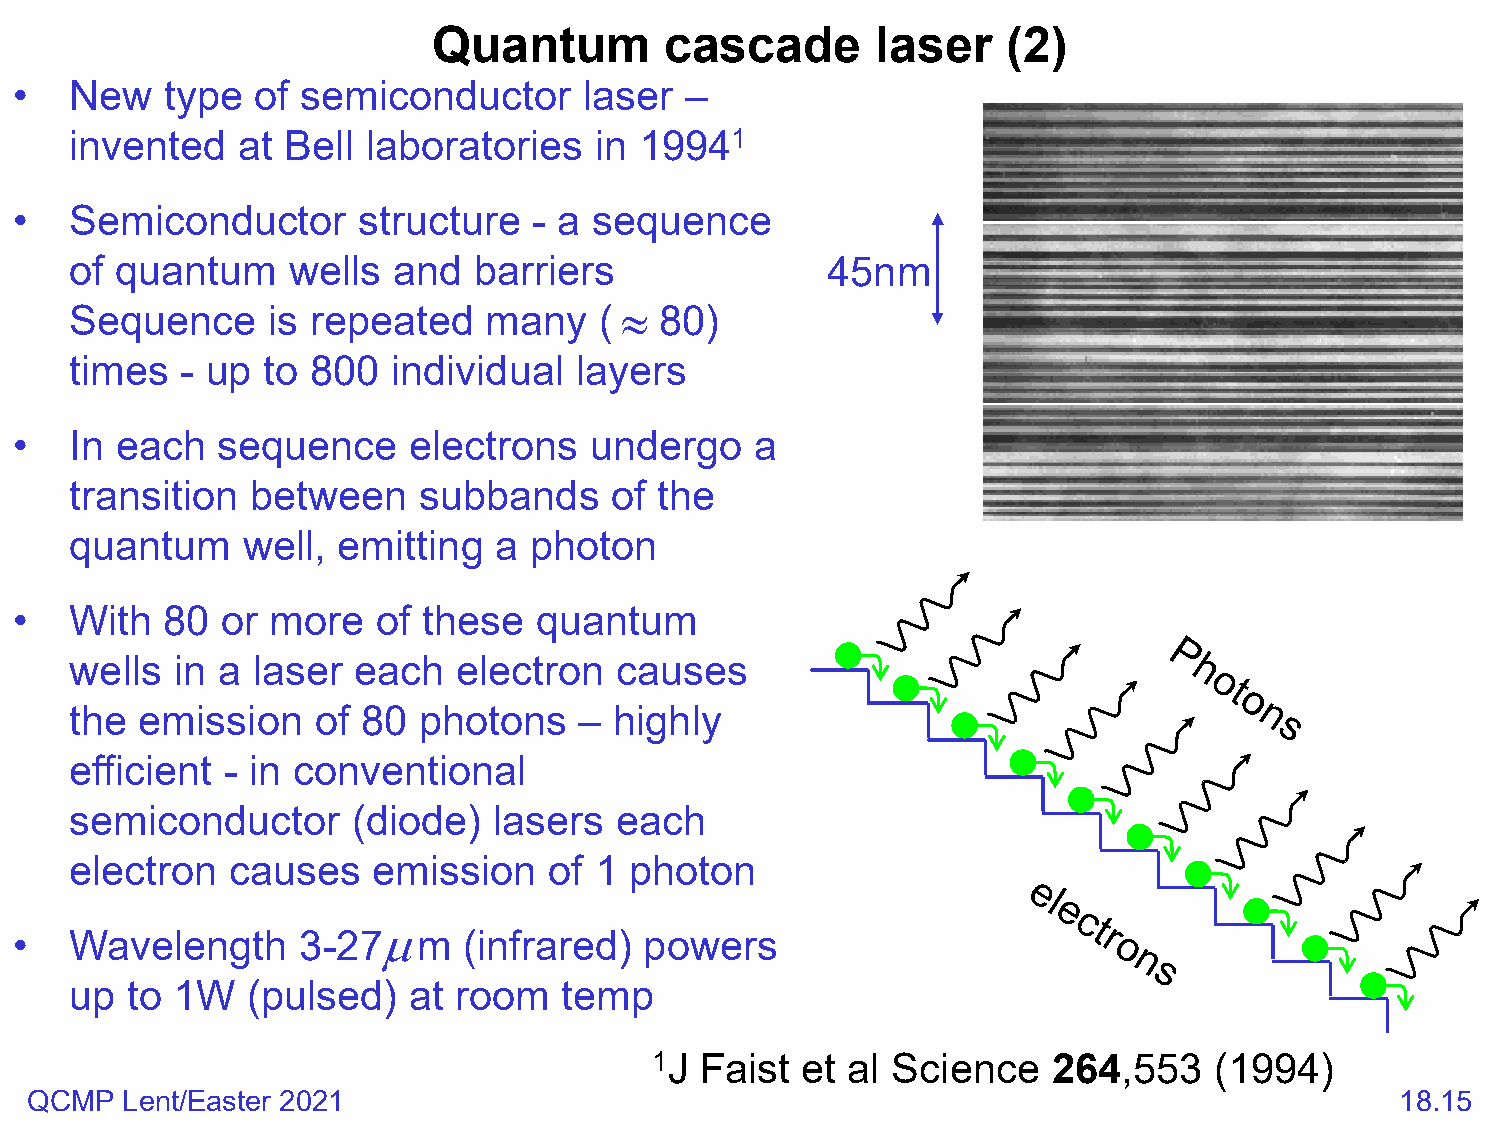
Quantum        cascade       laser    (2)
 •   New   type  of semiconductor      laser –
 invented   at Bell laboratories   in 19941
 •   Semiconductor      structure  - a sequence
 of quantum    wells  and  barriers                45nm
 ≈
 Sequence     is repeated   many    (   80)
 times  - up to 800   individual  layers
 •   In each  sequence     electrons   undergo    a
 transition  between    subbands    of  the
 quantum    well, emitting   a photon
 •   With  80  or more   of these  quantum
 wells  in a laser each   electron   causes
 the emission    of 80  photons   –  highly
 efficient - in conventional
 semiconductor     (diode)   lasers  each
 electron  causes    emission   of 1  photon
 µ
 •   Wavelength     3-27    m  (infrared)  powers
 up to 1W   (pulsed)   at room   temp
 1J Faist  et al Science    264,553   (1994)
 QCMP  Lent/Easter 2021                                                                     18.15